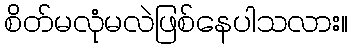
စိတ်မလုံမလဲဖြစ်နေပါသလား။